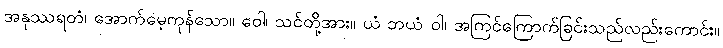
အနုဿရတံ၊ အောက်မေ့ကုန်သော။ ဝေါ၊ သင်တို့အား။ ယံ ဘယံ ဝါ၊ အကြင်ကြောက်ခြင်းသည်လည်းကောင်း။